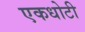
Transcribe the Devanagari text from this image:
एकधोटी